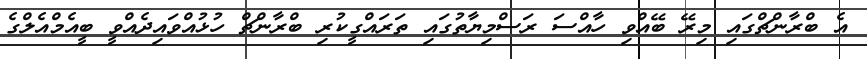
އެ ބްރާންޗްގައި މިރޭ ބޭއްވި ހާއްސަ ރަސްމިޔާތުގައި ތަރައްގީކުރި ބްރާންޗް ހުޅުއްވައިދެއްވީ ބީއެމްއެލްގެ